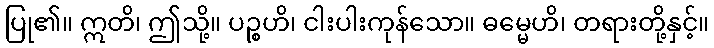
ပြု၏။ ဣတိ၊ ဤသို့။ ပဉ္စဟိ၊ ငါးပါးကုန်သော။ ဓမ္မေဟိ၊ တရားတို့နှင့်။